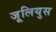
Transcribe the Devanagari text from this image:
जूलियुस